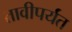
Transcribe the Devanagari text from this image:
तावीपर्यंत